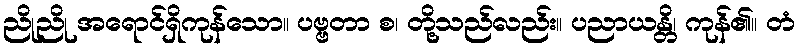
ညိုညို အရောင်ရှိကုန်သော။ ပဗ္ဗတာ စ၊ တို့သည်လည်း။ ပညာယန္တိ၊ ကုန်၏။ တံ